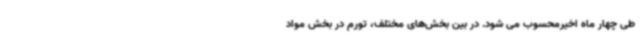
طی چهار ماه اخیرمحسوب می شود. در بین بخش‌های مختلف، تورم در بخش مواد